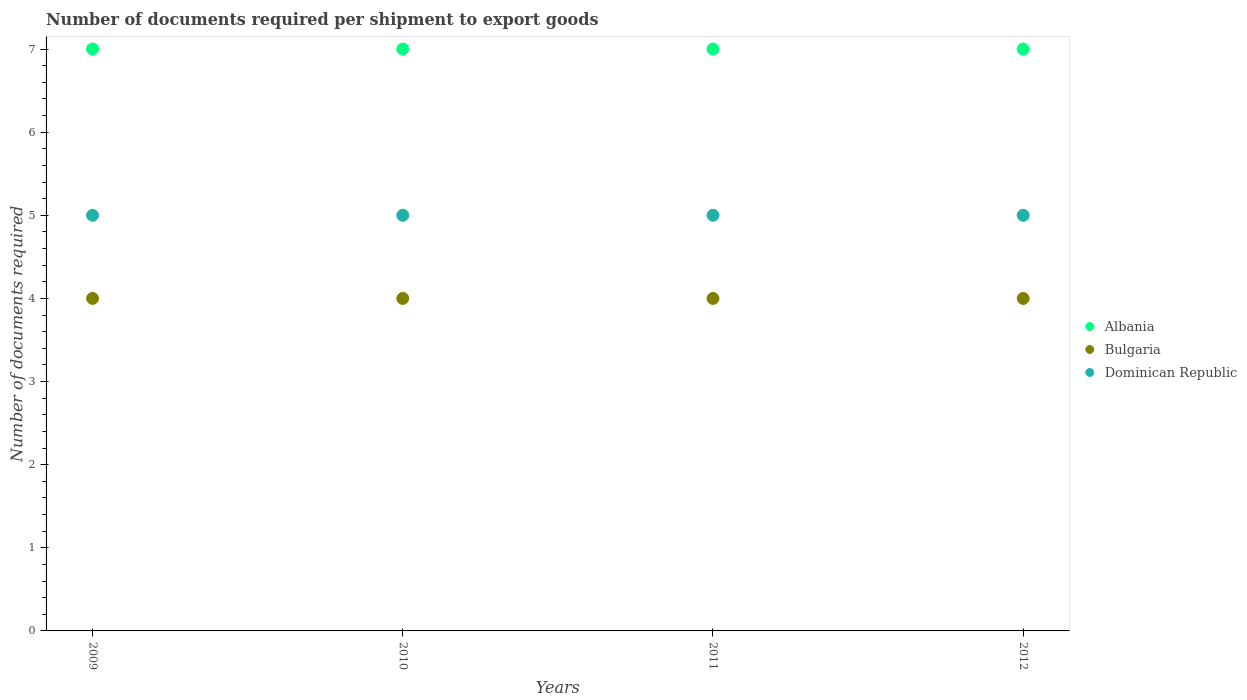
| Years | Albania | Bulgaria | Dominican Republic |
 | --- | --- | --- | --- |
 | 2009 | 7 | 4 | 5 |
 | 2010 | 7 | 4 | 5 |
 | 2011 | 7 | 4 | 5 |
 | 2012 | 7 | 4 | 5 |